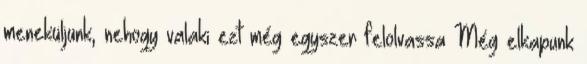
meneküljünk, nehogy valaki ezt még egyszer felolvassa Még elkapunk